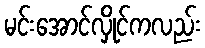
မင်းအောင်လှိုင်ကလည်း